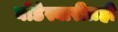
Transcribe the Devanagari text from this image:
घोडेस्वारीतही